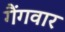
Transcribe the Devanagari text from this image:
गैंगवार